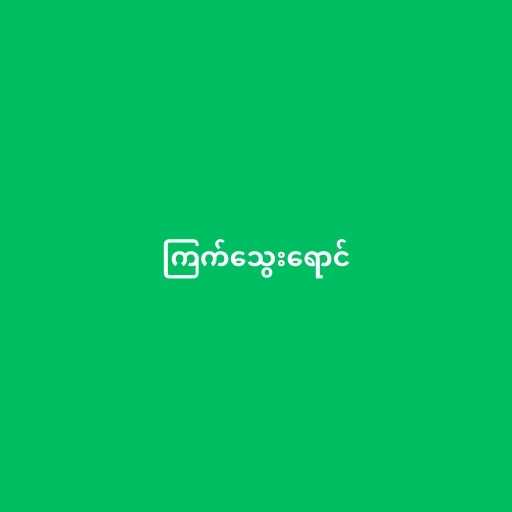
ကြက်သွေးရောင်